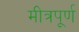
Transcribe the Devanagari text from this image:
मीत्रपूर्ण